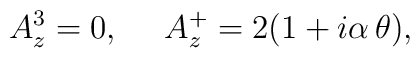
A^3_z=0, \ \ \ \  A^+_z=2(1 + i \alpha \, \theta),